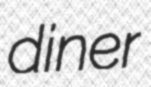
diner